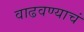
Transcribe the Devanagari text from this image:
वाढवण्याचं